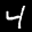
Label: 4